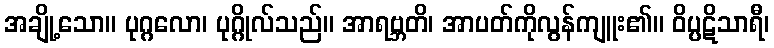
အချို့သော။ ပုဂ္ဂလော၊ ပုဂ္ဂိုလ်သည်။ အာရဗ္ဘတိ၊ အာပတ်ကိုလွန်ကျူး၏။ ဝိပ္ပဋိသာရီ၊